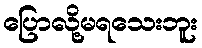
ပြောလို့မရသေးဘူး